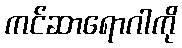
ကင်ဆာရောဂါကို